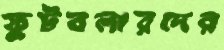
ফুটবলারদের